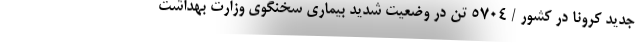
جدید کرونا در کشور / ۵۷۰۴ تن در وضعیت شدید بیماری سخنگوی وزارت بهداشت